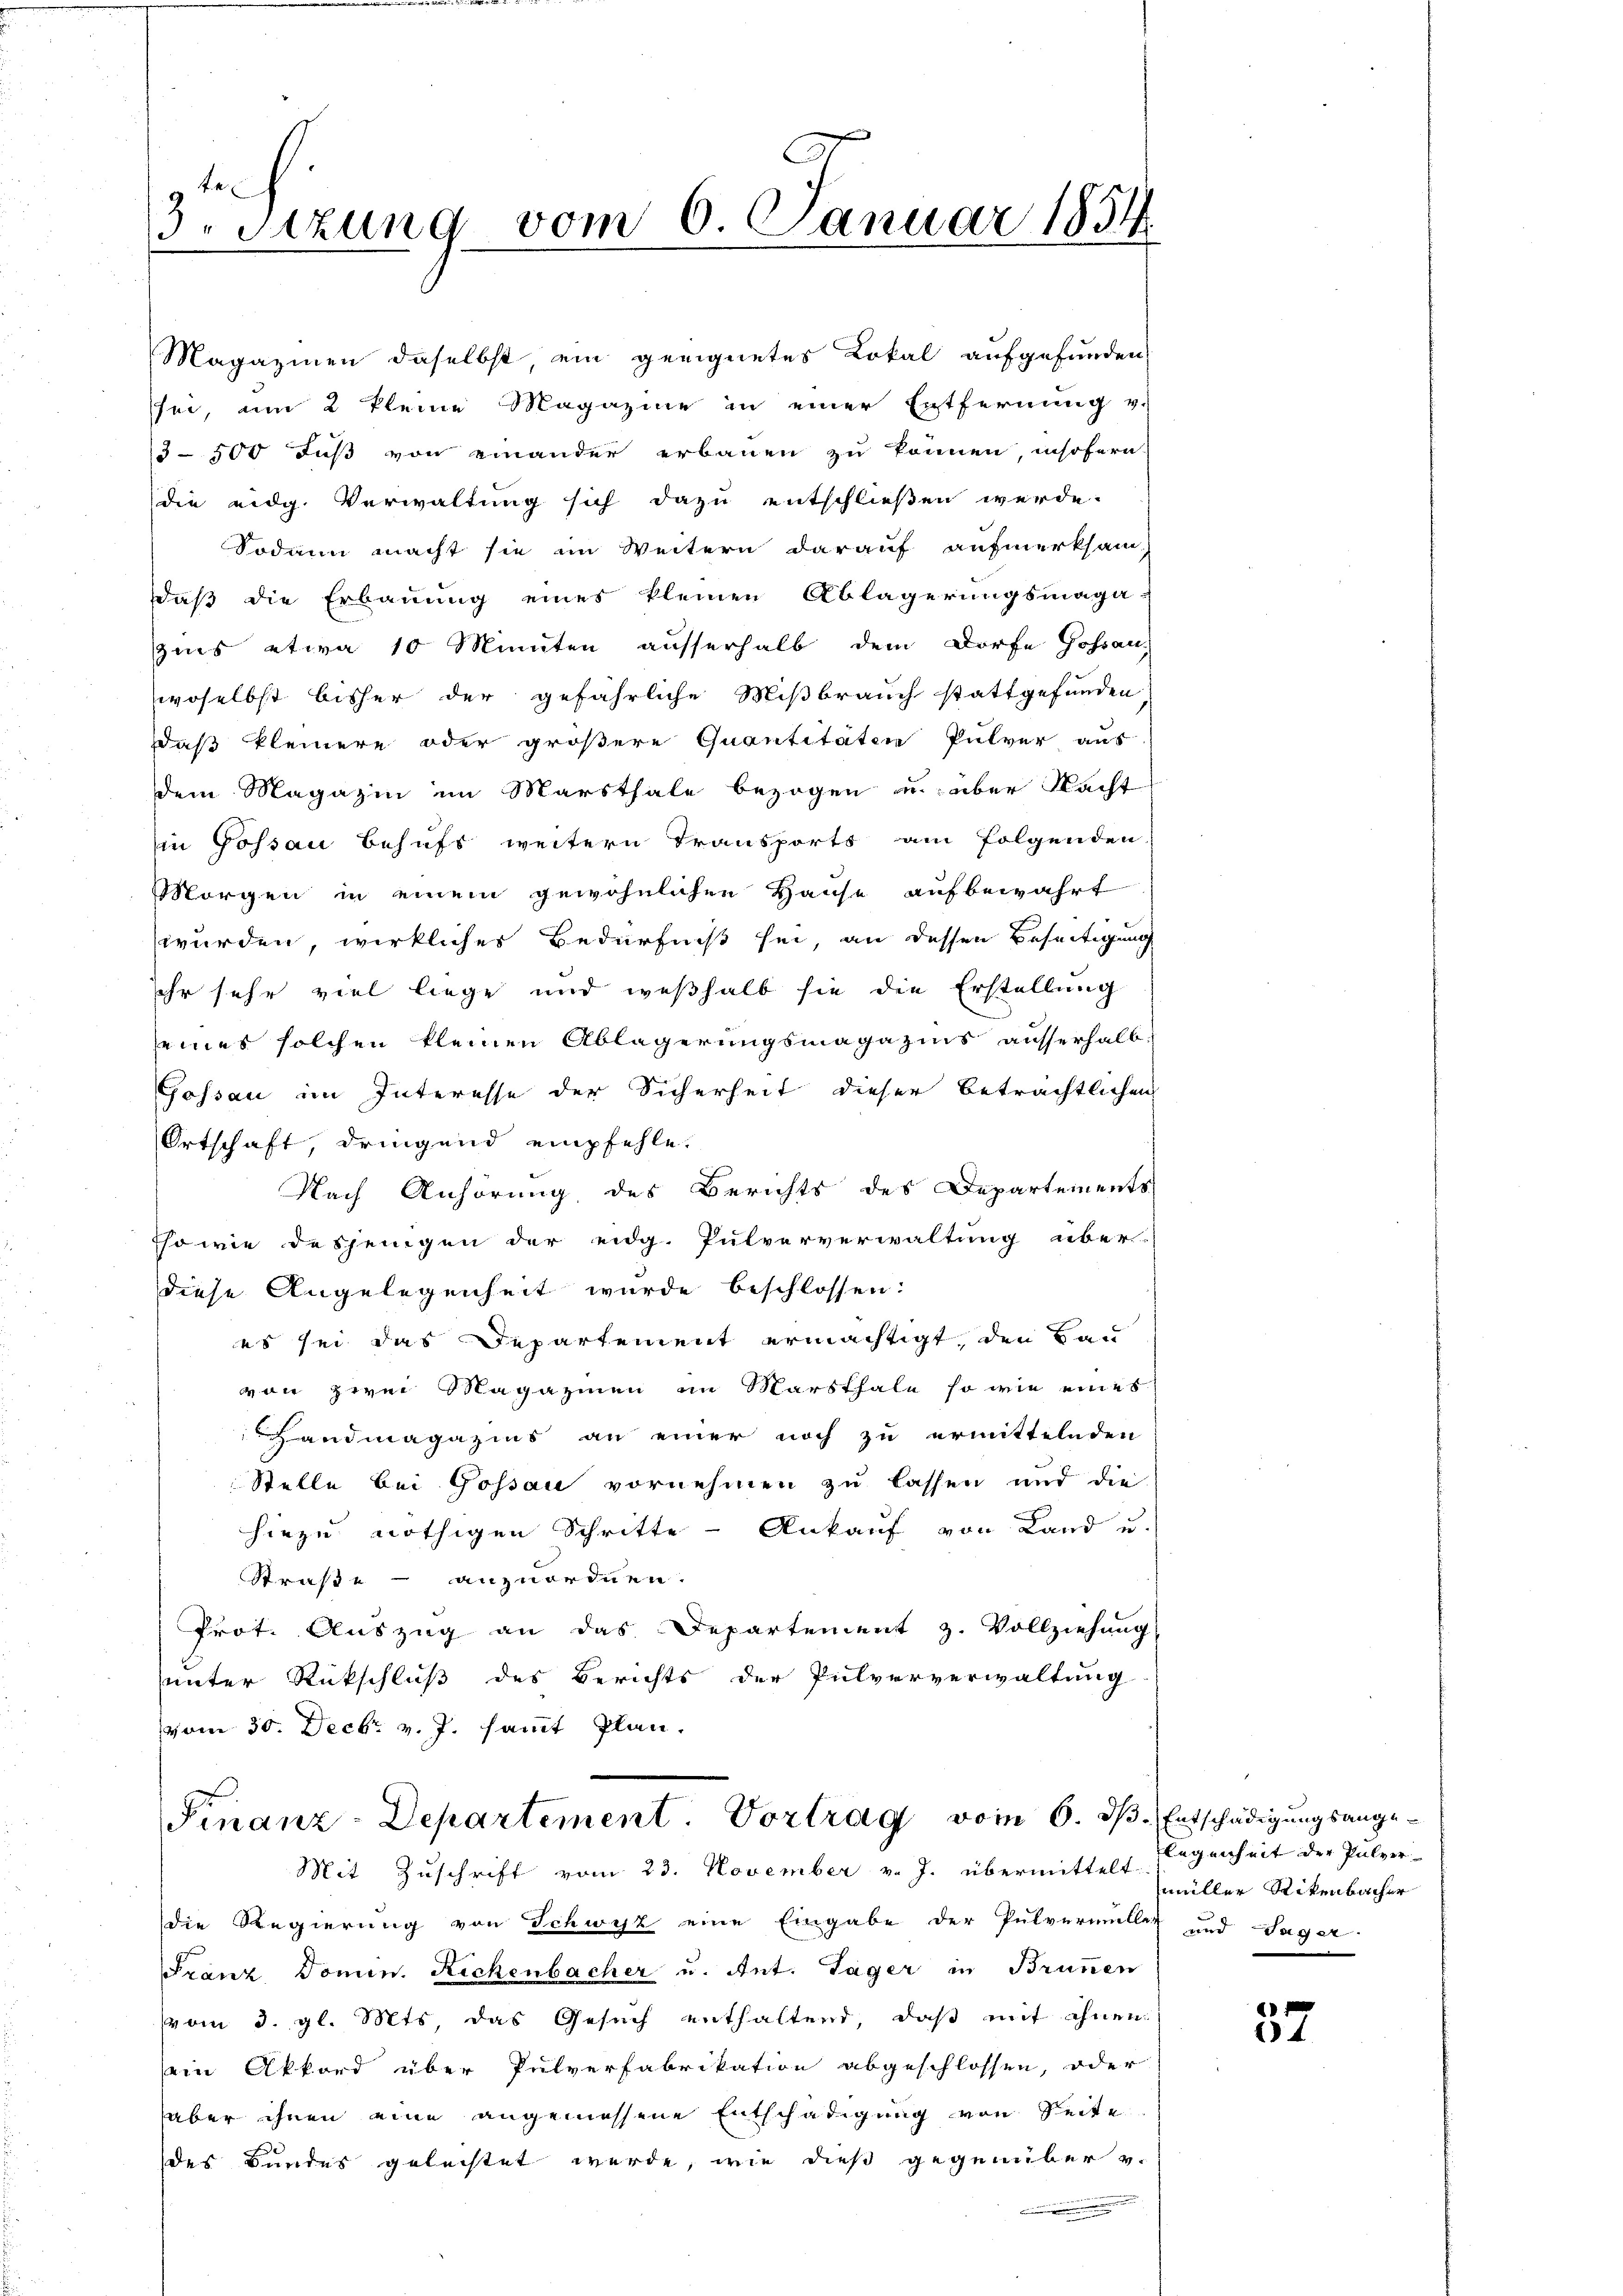
te
3. Sitzung vom 6. Januar 1834.

in Gossau behufs weitern Transports am folgenden,
Morgen in einem gewöhnlichen Hause aufbewahrt
wurden, wirkliches Bedürfniß sei, an dessen Beseitigung
ihr sehr viel liege und weßhalb sie die Erstellung
seines solchen kleinen Ablagerungsmagazins ausserhalb
Gossau im Interesse der Sicherheit dieser beträchtlichen
Ortschaft, dringend empfehle.
Nach Anhörung des Berichts des Departements
Eso wie desjenigen der eidg. Pulververwaltung über-
diese Angelegenheit wurde beschlossen:
es sei das Departement ermächtigt, den Bau
von zwei Magazinen im Marsthale so wie eines
andmagazins an einer noch zu ermittelnden
Stelle bei Gossau vornehmen zu lassen und die
hiezu nöthigen Schritte - Ankauf von Land u.
Straße – anzuordnen.
Prot. Auszug an das Departement z. Vollziehung
unter Rückschluß des Berichts der Pulververwaltung
vom 30. Decbr v. J. sammt Plan,

Magazinen daselbst, ein geeignetes Lokal aufgefunden,
sei, am 2 kleine Magazine in einer Entfernung v.
3500 Fuß von einander erbauen zu können, insofern
die eidg. Verwaltung sich dazu entschließen werde.
Sodann macht sie im Weitern darauf aufmerksam
daß die Erbauung eines kleinen Ablagerungsmaga-
sies etwa 10 Minuten ausserhalb dem Dorfe Hohran
woselbst bisher der gefährliche Mißbrauch stattgefunden
aß kleinere oder größere Quantitäten Pulver aus
dem Magazin im Marsthale bezogen u. über Nacht

Finanz-Departement. Vortrag vom 6. ds. Entschädigungsange¬
Mit Zuschrift vom 23. November v. J. übermittelt miller Rikenbacher

die Regierung von Schwyz eine Eingabe der Pulvermellet und Sager-
Franz Domin. Rickenbacher u. Ant. Täger in Brunnen
(vom 3. gl. Mts, das Gesuch enthaltend, daß mit ihnen
ein Akkord über Pulverfabrikation abgeschlossen, oder
aber ihnen eine angemessene Entschädigung von Seite
des Bundes geleistet werde, wie dieß gegenüber v.

legenheit der Pulver

37